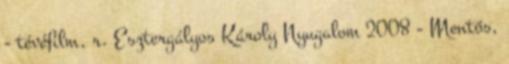
- tévéfilm, r. Esztergályos Károly Nyugalom 2008 - Mentős,